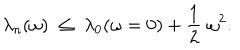
\lambda _ { n } ( \omega ) \; \leq \; \lambda _ { 0 } ( \omega = 0 ) + { \frac { 1 } { 2 } } \; \omega ^ { 2 } .